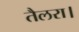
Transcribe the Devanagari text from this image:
तैलरा।